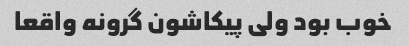
خوب بود ولی پیکاشون گرونه واقعا